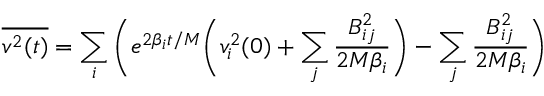
\overline { { v ^ { 2 } ( t ) } } = \sum _ { i } \bigg ( e ^ { 2 \beta _ { i } t / M } \bigg ( v _ { i } ^ { 2 } ( 0 ) + \sum _ { j } \frac { B _ { i j } ^ { 2 } } { 2 M \beta _ { i } } \bigg ) - \sum _ { j } \frac { B _ { i j } ^ { 2 } } { 2 M \beta _ { i } } \bigg )